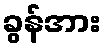
ခွန်အား